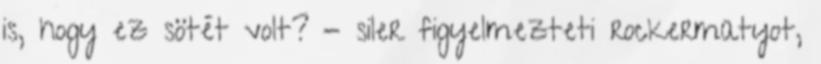
is, hogy ez sötét volt? - siler figyelmezteti rockermatyot,